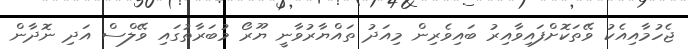
ޖެހުމާއިއެކު ވޭތަކޮށްފައިވާއިރު ބައިވެރިން މިއަދު ތައްޔާރުވާނީ ޔޫރޯ މުބަރާތުގައި ވޭލްސް އަދި ނޮދާން